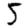
Digit: 5